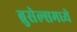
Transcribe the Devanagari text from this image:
ब्रुसेल्समध्ये